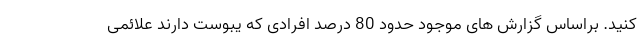
کنید. براساس گزارش های موجود حدود 80 درصد افرادی که یبوست دارند علائمی